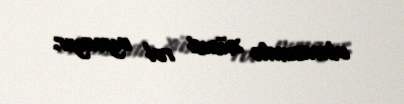
olmasında xüsusi rol oynayır.